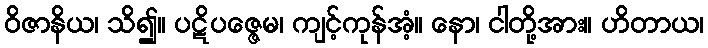
ဝိဇာနိယ၊ သိ၍။ ပဋိပဇ္ဇေမ၊ ကျင့်ကုန်အံ့။ နော၊ ငါတို့အား။ ဟိတာယ၊